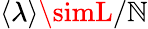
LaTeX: \left<\lambda\right>\simL/\mathbb{N}